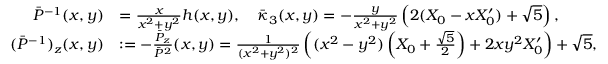
\begin{array} { r l } { \bar { P } ^ { - 1 } ( x , y ) } & { = \frac { x } { x ^ { 2 } + y ^ { 2 } } h ( x , y ) , \quad \bar { \kappa } _ { 3 } ( x , y ) = - \frac { y } { x ^ { 2 } + y ^ { 2 } } \left( 2 ( X _ { 0 } - x X _ { 0 } ^ { \prime } ) + \sqrt { 5 } \right) , } \\ { ( \bar { P } ^ { - 1 } ) _ { z } ( x , y ) } & { : = - \frac { \bar { P } _ { z } } { \bar { P } ^ { 2 } } ( x , y ) = \frac { 1 } { ( x ^ { 2 } + y ^ { 2 } ) ^ { 2 } } \left( ( x ^ { 2 } - y ^ { 2 } ) \left( X _ { 0 } + \textstyle \frac { \sqrt { 5 } } { 2 } \right) + 2 x y ^ { 2 } X _ { 0 } ^ { \prime } \right) + \sqrt { 5 } , } \end{array}